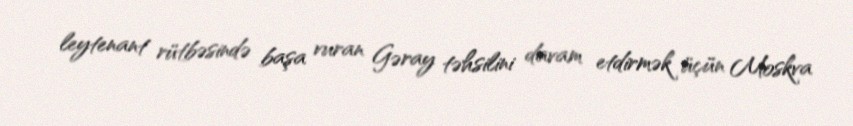
leytenant rütbəsində başa vuran Gəray təhsilini davam etdirmək üçün Moskva